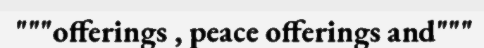
"""offerings , peace offerings and"""